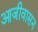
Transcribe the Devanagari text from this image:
आजीवासन